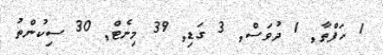
1 ހަފްތާ